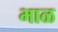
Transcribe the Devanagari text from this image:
भाळ